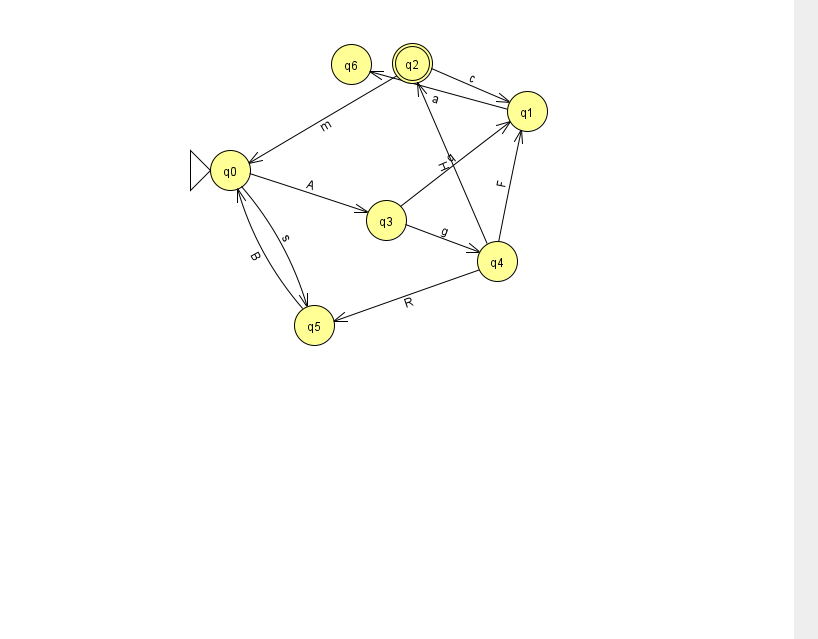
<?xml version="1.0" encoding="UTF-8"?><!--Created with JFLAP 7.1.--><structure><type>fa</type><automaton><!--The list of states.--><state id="0" name="q0"><x>230.0</x><y>157.0</y><initial/></state><state id="1" name="q1"><x>527.0</x><y>98.0</y></state><state id="2" name="q2"><x>412.0</x><y>50.0</y><final/></state><state id="3" name="q3"><x>386.0</x><y>207.0</y></state><state id="4" name="q4"><x>497.0</x><y>248.0</y></state><state id="5" name="q5"><x>314.0</x><y>312.0</y></state><state id="6" name="q6"><x>351.0</x><y>51.0</y></state><!--The list of transitions.--><transition><from>2</from><to>1</to><read>c</read></transition><transition><from>3</from><to>1</to><read>q</read></transition><transition><from>4</from><to>1</to><read>F</read></transition><transition><from>0</from><to>3</to><read>A</read></transition><transition><from>3</from><to>4</to><read>g</read></transition><transition><from>2</from><to>0</to><read>m</read></transition><transition><from>4</from><to>5</to><read>R</read></transition><transition><from>4</from><to>2</to><read>H</read></transition><transition><from>1</from><to>6</to><read>a</read></transition><transition><from>5</from><to>0</to><read>B</read></transition><transition><from>0</from><to>5</to><read>s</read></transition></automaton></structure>